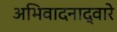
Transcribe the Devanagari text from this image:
अभिवादनाद्वारे